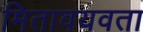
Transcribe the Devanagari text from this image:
मितावयवता